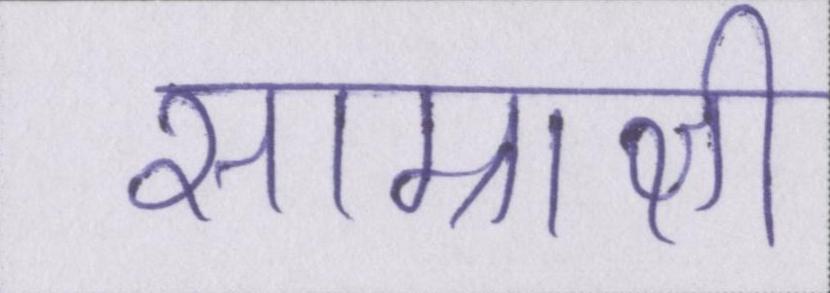
साम्राज्ञी